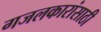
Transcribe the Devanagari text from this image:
गजलकारांसाठी